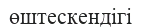
өштескендігі